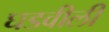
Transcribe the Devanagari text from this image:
घडवीली